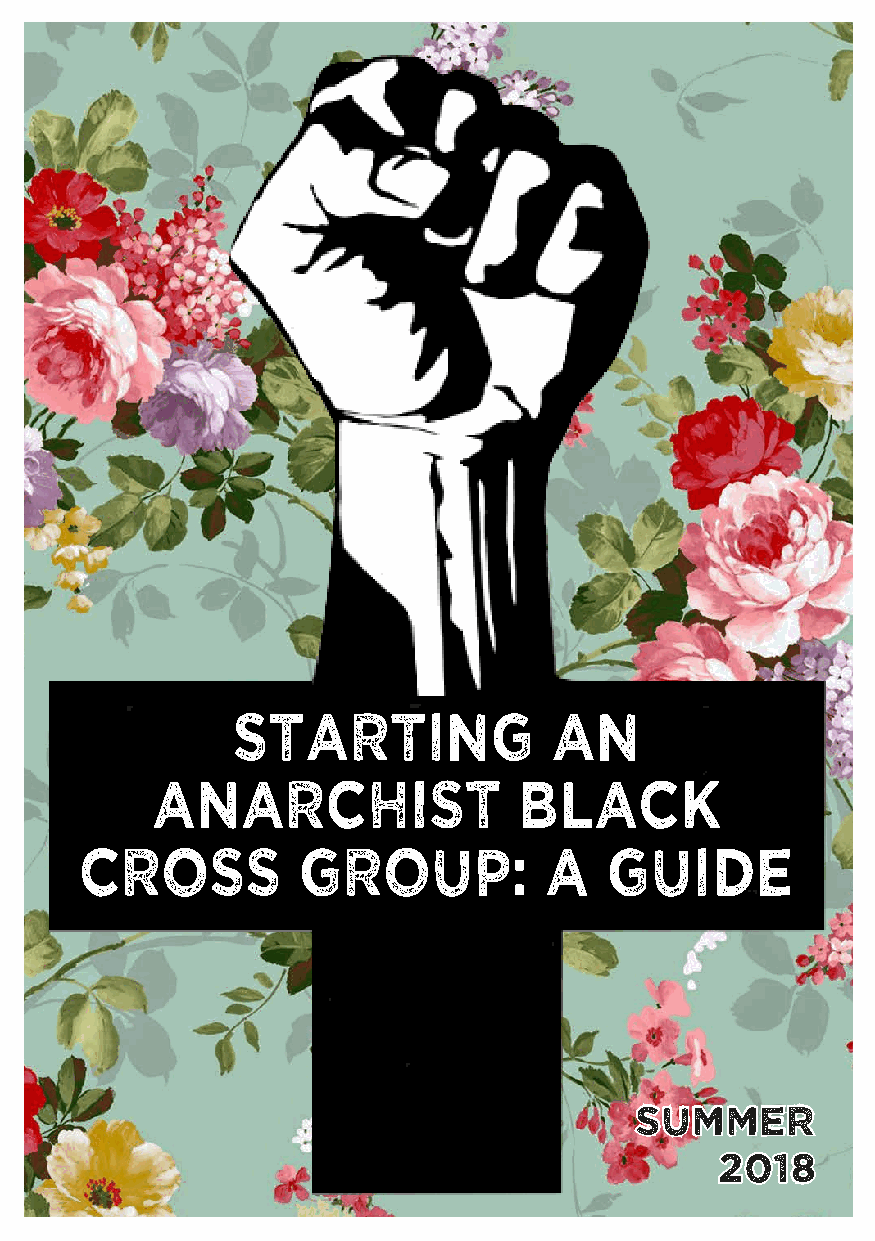
Starting             an
 anarchist               black
 cross          group:          A   guide
 summer
 2018